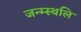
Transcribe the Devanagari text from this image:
जन्म्स्थलि